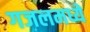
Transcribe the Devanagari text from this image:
गजलमध्ये